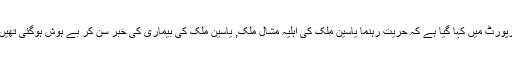
رپورٹ میں کہا گیا ہے کہ حریت رہنما یاسین ملک کی اہلیہ مشال ملک, یاسین ملک کی بیماری کی خبر سن کر بے ہوش ہوگئی تھیں۔